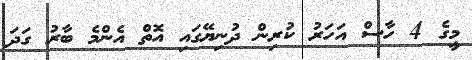
މީގެ 4 ހާސް އަހަރު ކުރިން ދުނިޔޭގައި އޮތް އެންމެ ބާރު ގަދަ